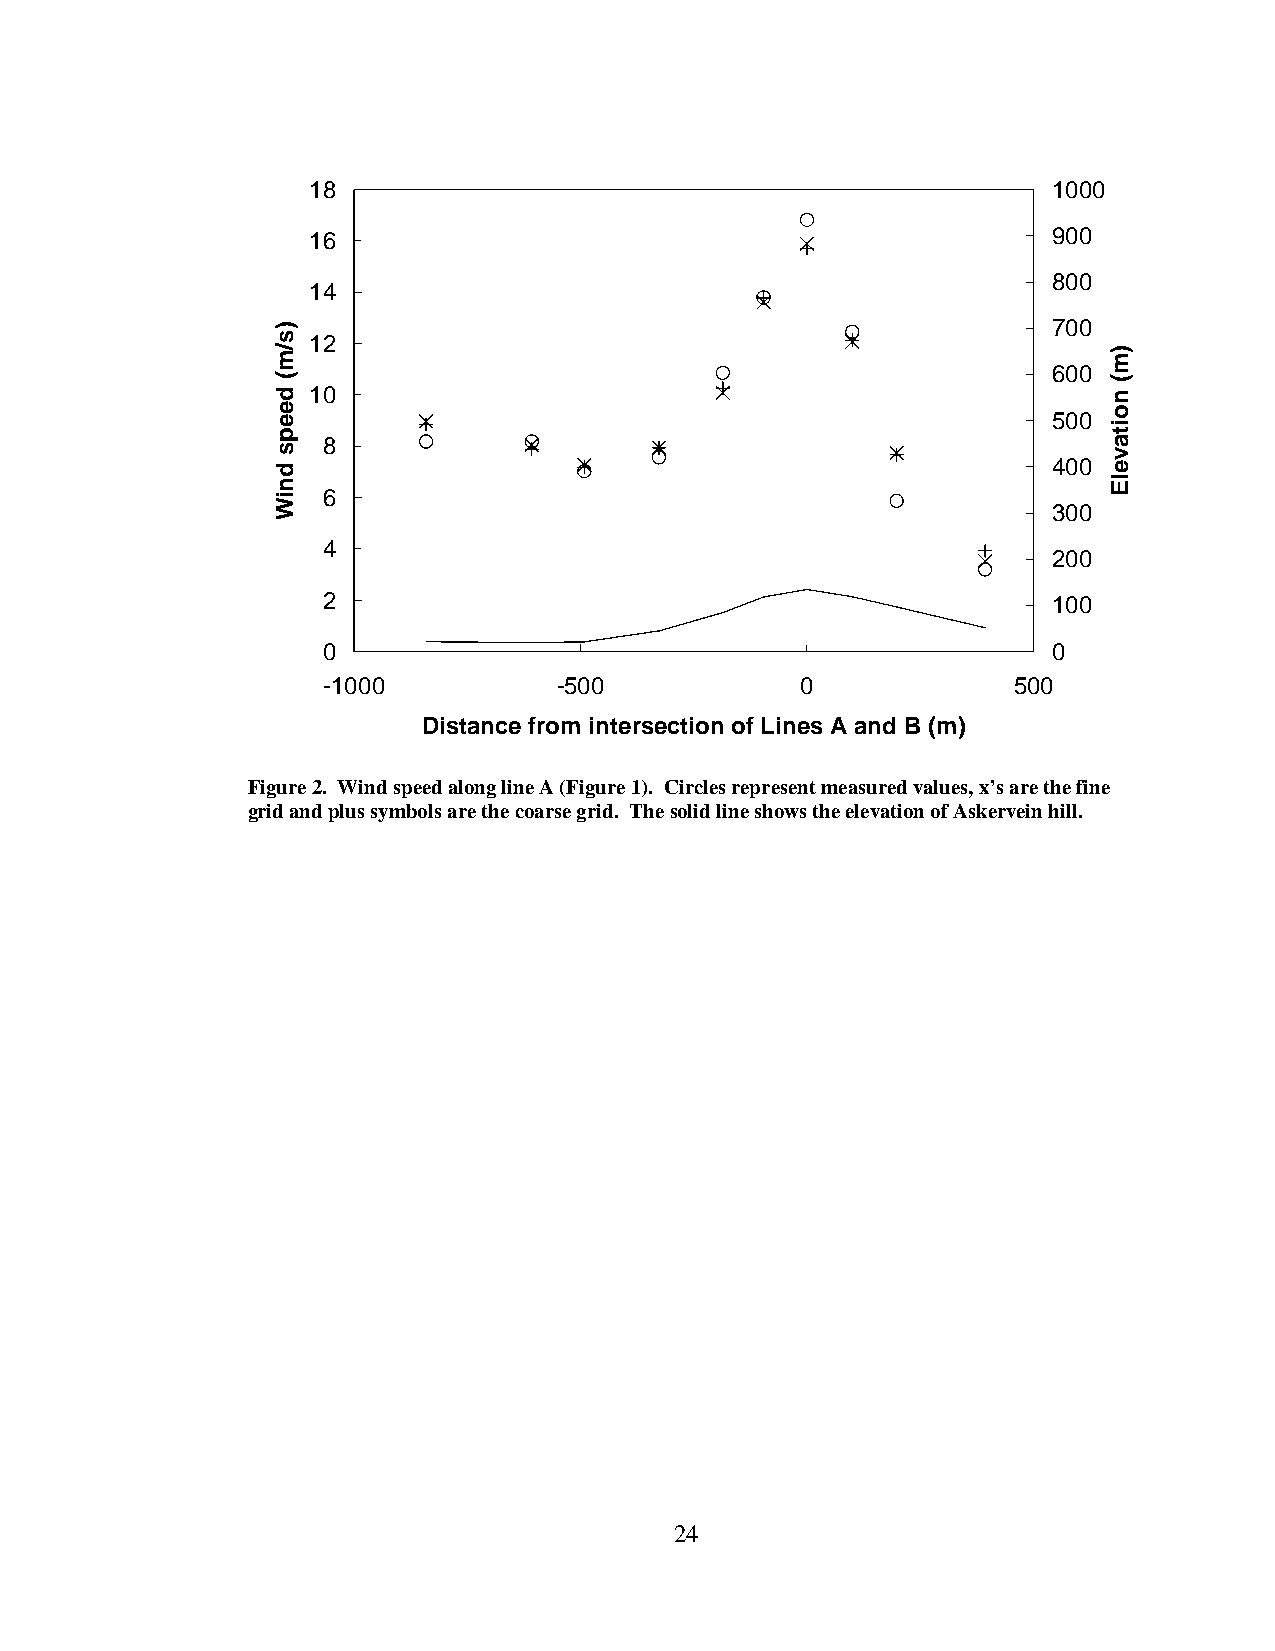
18                                                1000
 16                                                900
 800
 14
 700
 12
 600
 10
 500
 8
 400
 6
 300
 4
 200
 2                                                100
 0                                                0
 -1000           -500            0             500
 Distance from intersection of Lines A and B (m)
 Figure 2. Wind speed along line A (Figure 1). Circles represent measured values, x’s are the fine
 grid and plus symbols are the coarse grid. The solid line shows the elevation of Askervein hill.
 24
 )s/m(
 deeps
 dniW
 )m(
 noitavelE